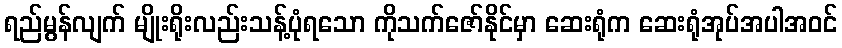
ရည်မွန်လျက် မျိုးရိုးလည်းသန့်ပုံရသော ကိုသက်ဇော်နိုင်မှာ ဆေးရုံက ဆေးရုံအုပ်အပါအဝင်